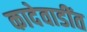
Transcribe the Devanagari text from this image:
कादेवाडींत